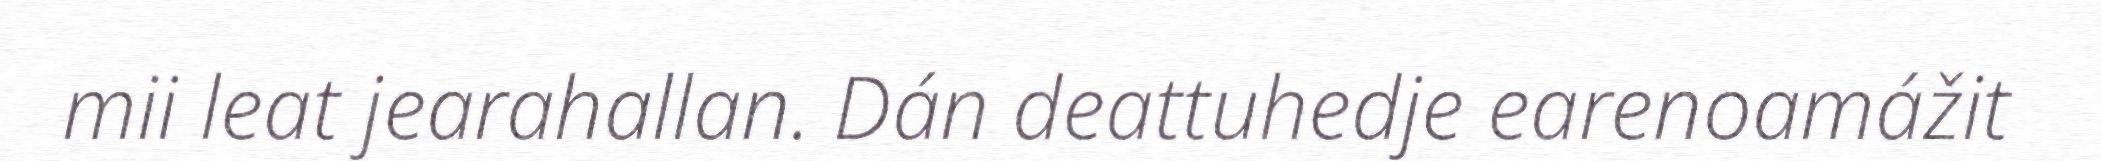
mii leat jearahallan. Dán deattuhedje earenoamážit